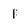
Character: 1